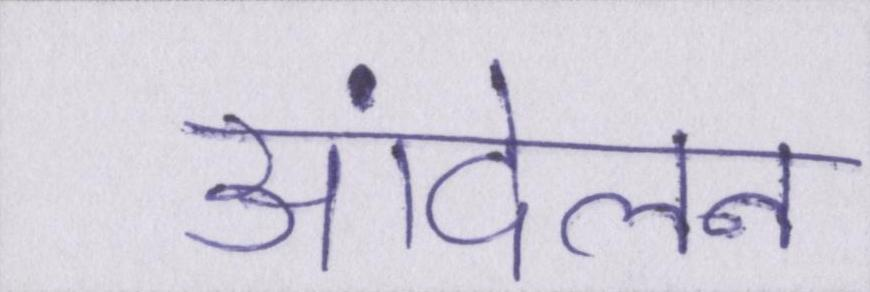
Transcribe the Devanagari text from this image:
आंदेलन